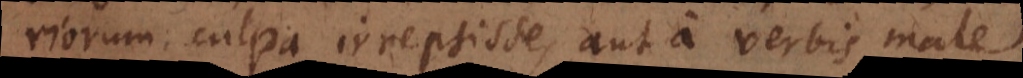
riorum culpa irrepsisse, aut a verbis male